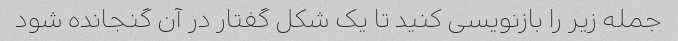
جمله زیر را بازنویسی کنید تا یک شکل گفتار در آن گنجانده شود